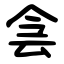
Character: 侌